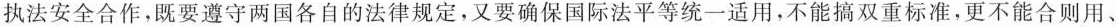
执法安全合作，既要遵守两国各自的法律规定，又要确保国际法平等统一适用，不能搞双重标准，更不能合则用、